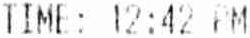
TIME: 12:42 PM